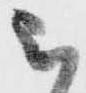
被